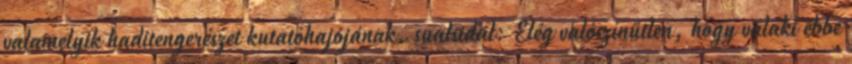
valamelyik haditengerészet kutatóhajójának. sualsidal: Elég valószínűtlen, hogy valaki ebbe